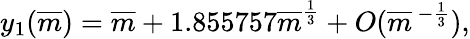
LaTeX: y_{1}(\overline{{{m}}})=\overline{{{m}}}+1.855757\overline{{{m}}}^{\frac{1}{3}}+O(\overline{{{m}}}\, ^{-{\frac{1}{3}}}),